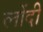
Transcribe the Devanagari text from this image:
लोंदी